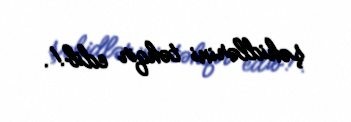
şəhidlərini təhqir edib!.